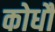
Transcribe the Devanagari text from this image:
कोधौं